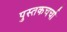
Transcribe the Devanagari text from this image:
पुस्तकचर्चा